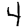
Digit: 4